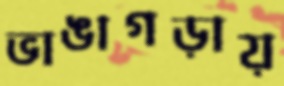
ভাঙাগড়ায়